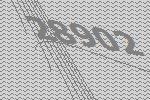
28902